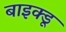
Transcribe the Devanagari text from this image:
बाइक्डू